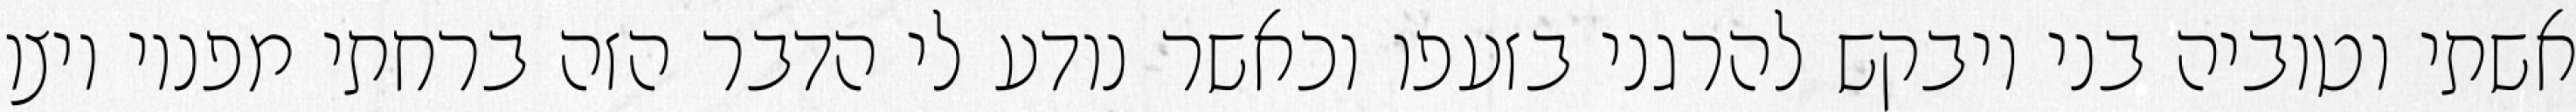
אשתי וטוביה בני ויבקש להרגני בזעפו וכאשר נודע לי הדבר הזה ברחתי מפניו ויצו